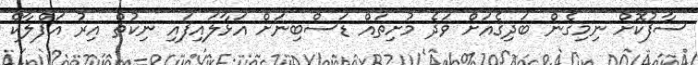
ސާފުކޮށް ނިމިގެން ބަދިގެއަށް ވަދެ މުށިތައް ޑަސްބިނަށް އަޅާލައިފައި ނިކުތް އިރު އަފްލާކް